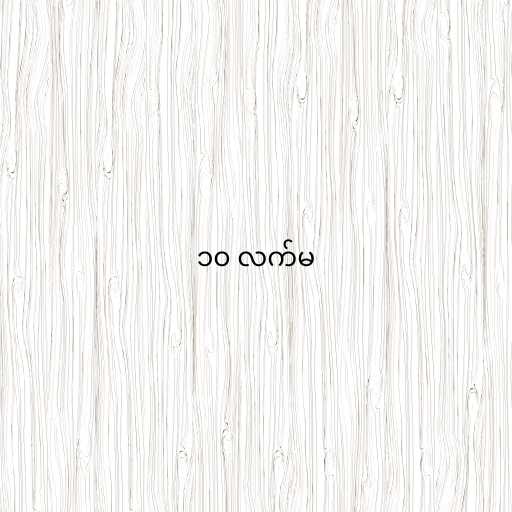
၁၀ လက်မ